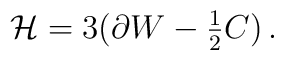
{\cal H} = 3(\partial W -{\textstyle \frac{1}{2}}C)\, .